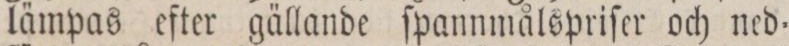
lämpas efter gällande ſpannmålspriſer och ned=